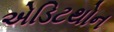
એડિટથોન